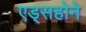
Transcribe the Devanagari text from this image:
एड्सहोने